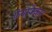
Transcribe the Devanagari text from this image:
फ़ेयरफैक्स